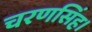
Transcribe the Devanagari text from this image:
चरणसिंह।